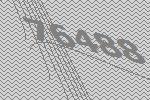
76488